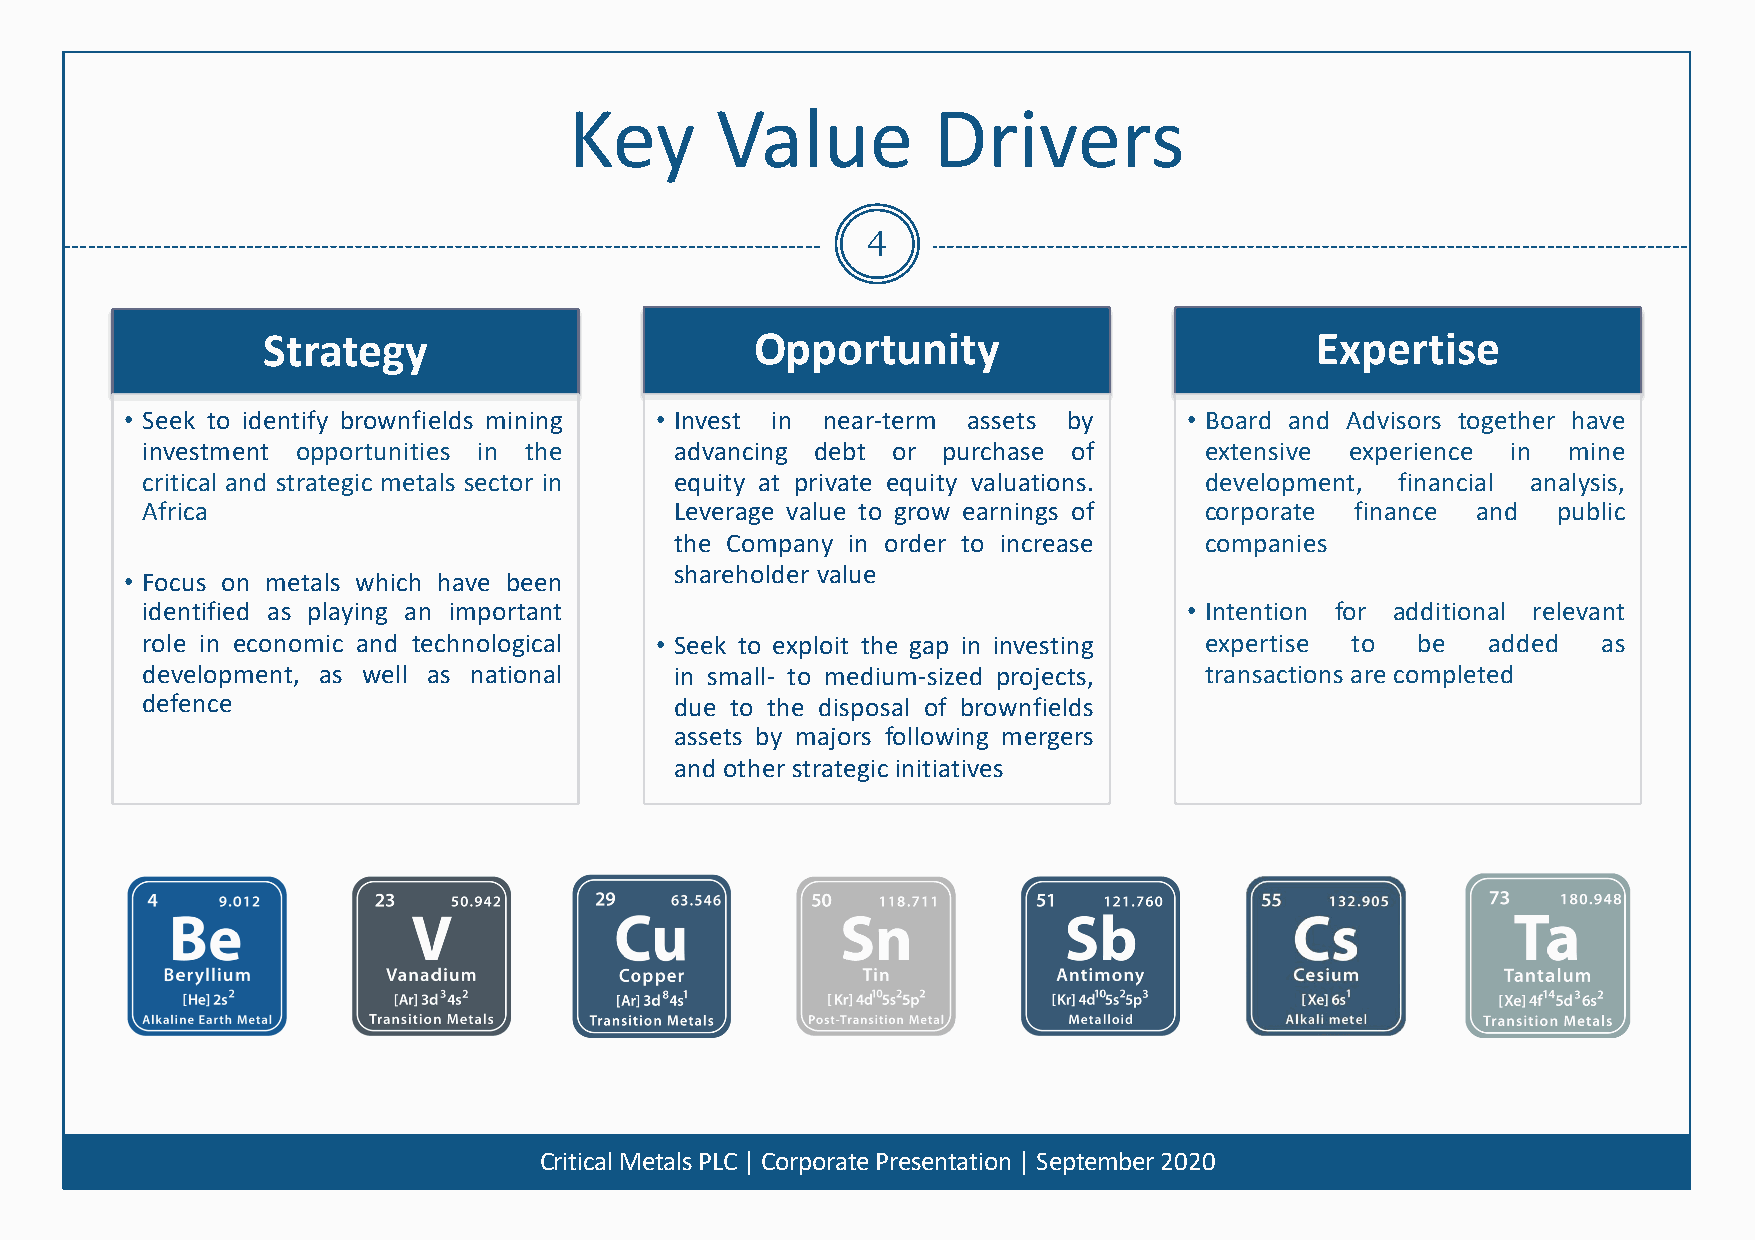
Key      Value          Drivers
 4
 Strategy                         Opportunity                          Expertise
 • Seek to identify brownfields mining • Invest in near-term assets by  • Board and Advisors together have
 investment opportunities in the     advancing debt or purchase of      extensive experience in mine
 critical and strategic metals sector in equity at private equity valuations. development, financial analysis,
 Africa                              Leverage value to grow earnings of corporate finance and  public
 the Company in order to increase   companies
 shareholder value
 • Focus on metals which have been
 identified as playing an important                                    • Intention for additional relevant
 role in economic and technological • Seek to exploit the gap in investing expertise to be added  as
 development, as well as national    in small- to medium-sized projects, transactions are completed
 defence                             due to the disposal of brownfields
 assets by majors following mergers
 and other strategic initiatives
 Critical Metals PLC | Corporate Presentation | September 2020